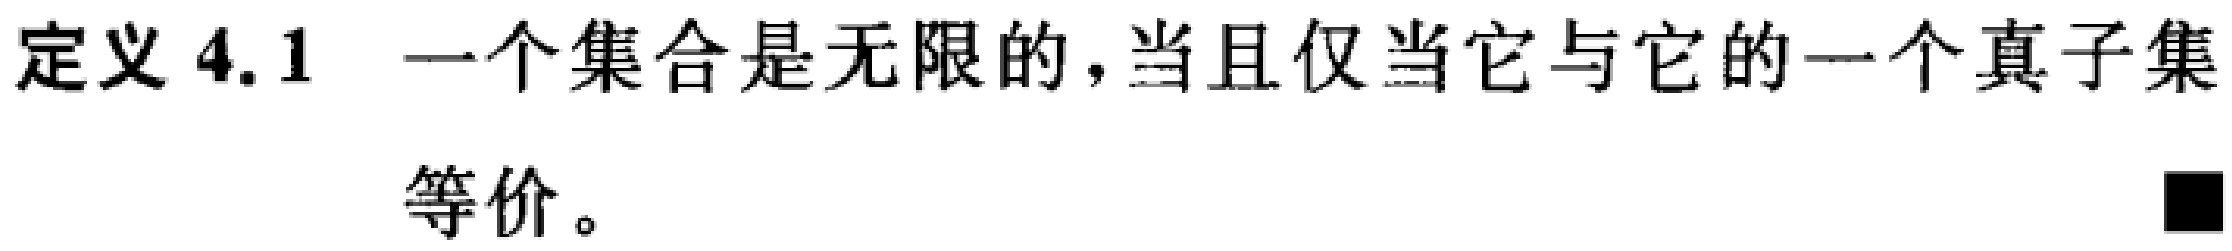
定义 4.1 一个集合是无限的，当且仅当它与它的一个真子集等价。